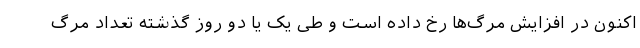
اکنون در افزایش مرگ‌ها رخ داده است و طی یک یا دو روز گذشته تعداد مرگ